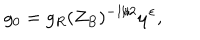
g _ { 0 } = g _ { R } ( Z _ { B } ) ^ { - 1 / 2 } \mu ^ { \varepsilon } ,